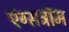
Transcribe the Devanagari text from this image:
एंग्सट्रॉम